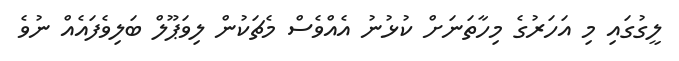
ލީގުގައި މި އަހަރުގެ މިހާތަނަށް ކުުޅުނު އެއްވެސް މެޗަކުން ލިވަޕޫލް ބަލިވެފައެއް ނުވެ